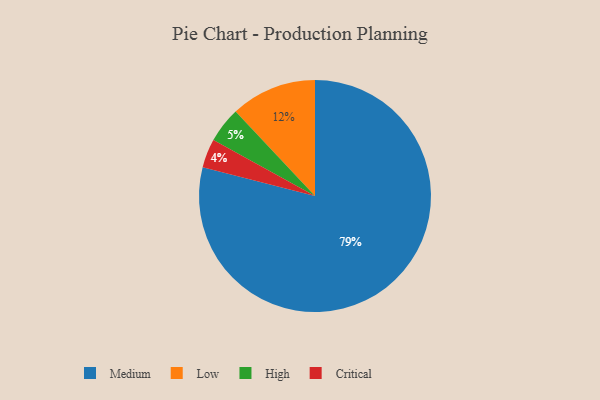
{"axis": {"x": "Category", "y": "Percentage"}, "legend": ["Critical", "High", "Low", "Medium"], "data": [{"x": "Low", "y": 12, "type": "Low"}, {"x": "High", "y": 5, "type": "High"}, {"x": "Critical", "y": 4, "type": "Critical"}, {"x": "Medium", "y": 79, "type": "Medium"}]}